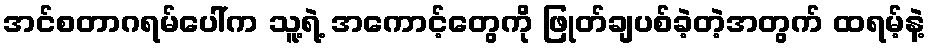
အင်စတာဂရမ်ပေါ်က သူ့ရဲ့ အကောင့်တွေကို ဖြုတ်ချပစ်ခဲ့တဲ့အတွက် ထရမ့်နဲ့